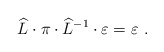
\begin{align*}\widehat{L} \cdot \pi \cdot \widehat{L}^{-1} \cdot \varepsilon =\varepsilon~.\end{align*}